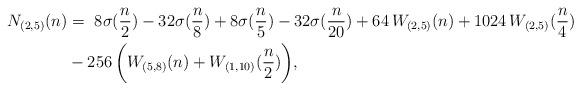
LaTeX: \begin{align*}N_{(2,5)}(n) & = ~ 8\sigma(\frac{n}{2}) - 32\sigma(\frac{n}{8}) + 8\sigma(\frac{n}{5}) -32\sigma(\frac{n}{20}) + 64\, W_{(2,5)}(n) + 1024\, W_{(2,5)}(\frac{n}{4}) \\ & - 256\, \biggl( W_{(5,8)}(n) + W_{(1,10)}(\frac{n}{2}) \biggr), \end{align*}